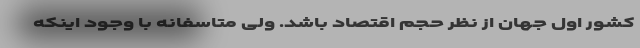
کشور اول جهان از نظر حجم اقتصاد باشد. ولی متاسفانه با وجود اینکه